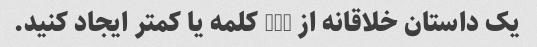
یک داستان خلاقانه از 200 کلمه یا کمتر ایجاد کنید.